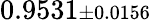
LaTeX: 0.9531{\scriptstyle\pm 0.0156}